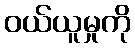
ဝယ်ယူမှုကို